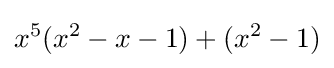
x^{5}(x^{2}-x-1)+(x^{2}-1)